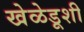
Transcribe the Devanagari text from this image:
खेळेडूशी